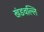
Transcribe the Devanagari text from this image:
खंडवल्लि